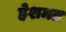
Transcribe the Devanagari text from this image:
हेशमत